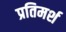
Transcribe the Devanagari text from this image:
प्रतिमर्श